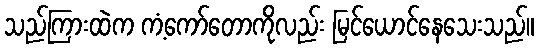
သည်ကြားထဲက ကံ့ကော်တောကိုလည်း မြင်ယောင်နေသေးသည်။